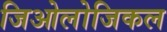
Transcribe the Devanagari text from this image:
जिओलोजिकल